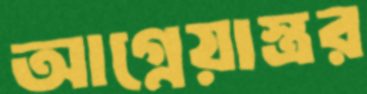
আগ্নেয়াস্ত্রর